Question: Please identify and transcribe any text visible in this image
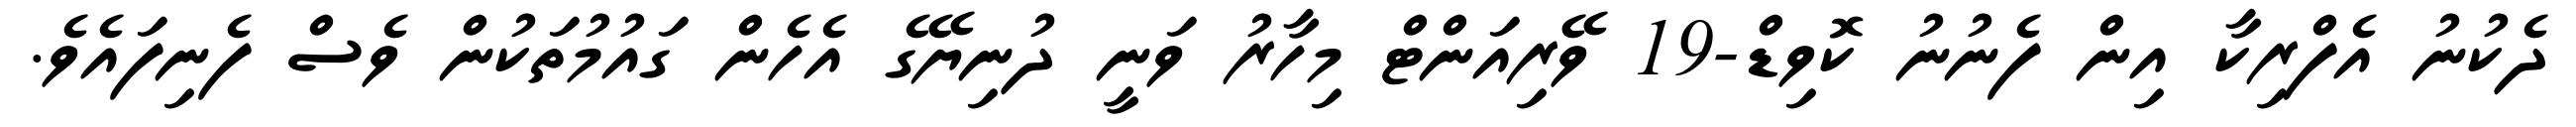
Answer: ދެކުނު އެފްރިކާ އިން ފެނުނު ކޮވިޑް-19 ވޭރިއަންޓް މިހާރު ވަނީ ދުނިޔޭގެ އެހެން ގައުމުތަކުން ވެސް ފެނިފައެވެ.